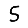
Digit: 5